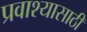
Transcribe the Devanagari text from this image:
प्रवाश्यासाठी